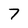
Character: 7